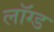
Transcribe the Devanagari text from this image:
लॉग्ड